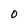
Character: O